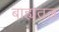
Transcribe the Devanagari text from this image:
बाह्यतल